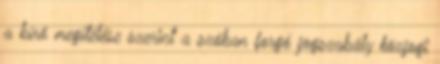
a bíró megítélése szerint a szóban forgó jogszabály közjogi